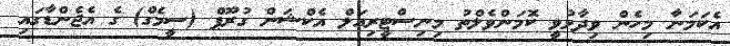
އެކަމަނާ މިހެން ވިދާޅުވީ ކޮމަންވެލްތު މިނިސްޓީރިއަލް އެކްޝަން ގުރޫޕް (ސީމެގް) ގެ އެޖެންޑާގައި